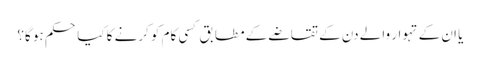
یا ان کے تہوار والے دن کے تقاضے کے مطابق کسی کام کو کرنے کا کیا حکم ہو گا؟